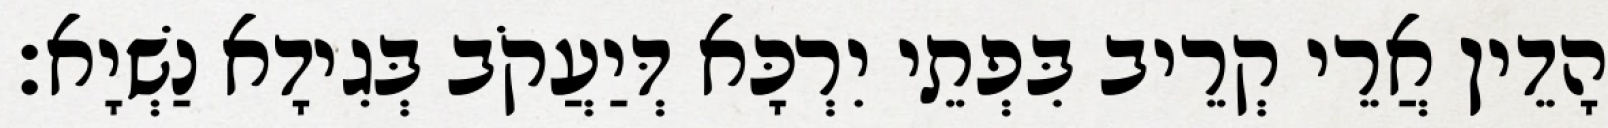
הָדֵין אֲרֵי קְרֵיב בִּפְתֵי יִרְכָּא דְּיַעֲקֹב בְּגִידָא נַשְׁיָא׃